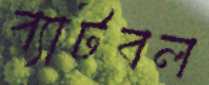
ব্যাটবল